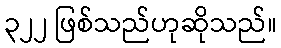
၃၂၂ ဖြစ်သည်ဟုဆိုသည်။